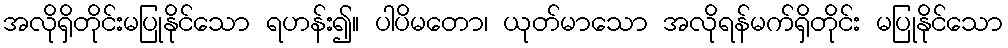
အလိုရှိတိုင်းမပြုနိုင်သော ရဟန်း၍။ ပါပိမတော၊ ယုတ်မာသော အလိုရန်မက်ရှိတိုင်း မပြုနိုင်သော